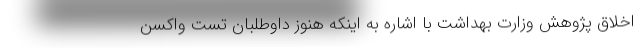
اخلاق پژوهش وزارت بهداشت با اشاره به اینکه هنوز داوطلبان تست واکسن